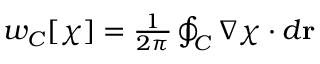
\begin{array} { r } { w _ { C } [ \chi ] = { \frac { 1 } { 2 \pi } } \oint _ { C } \nabla \chi \cdot d { \bf r } } \end{array}